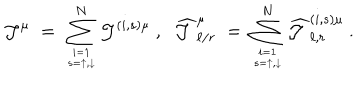
{ \mathcal J } ^ { \mu } \; = \; \sum _ { i = 1 \atop s = \uparrow , \downarrow } ^ { N } { \mathcal J } ^ { ( i , s ) \mu } ~ , ~ ~ \widehat { { \mathcal J } } _ { \ell / r } ^ { \mu } \; = \; \sum _ { i = 1 \atop s = \uparrow , \downarrow } ^ { N } \widehat { { \mathcal J } } _ { \ell , r } ^ { ( i , s ) \mu } ~ .